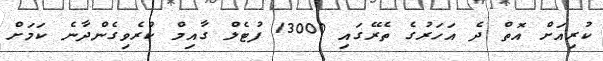
ކުރިއަށް އޮތް ދެ އަހަރުގެ ތެރޭގައި 13000 ފުޓެލް ގާއިމް ކުރެވިގެންދާނެ ކަމަށް